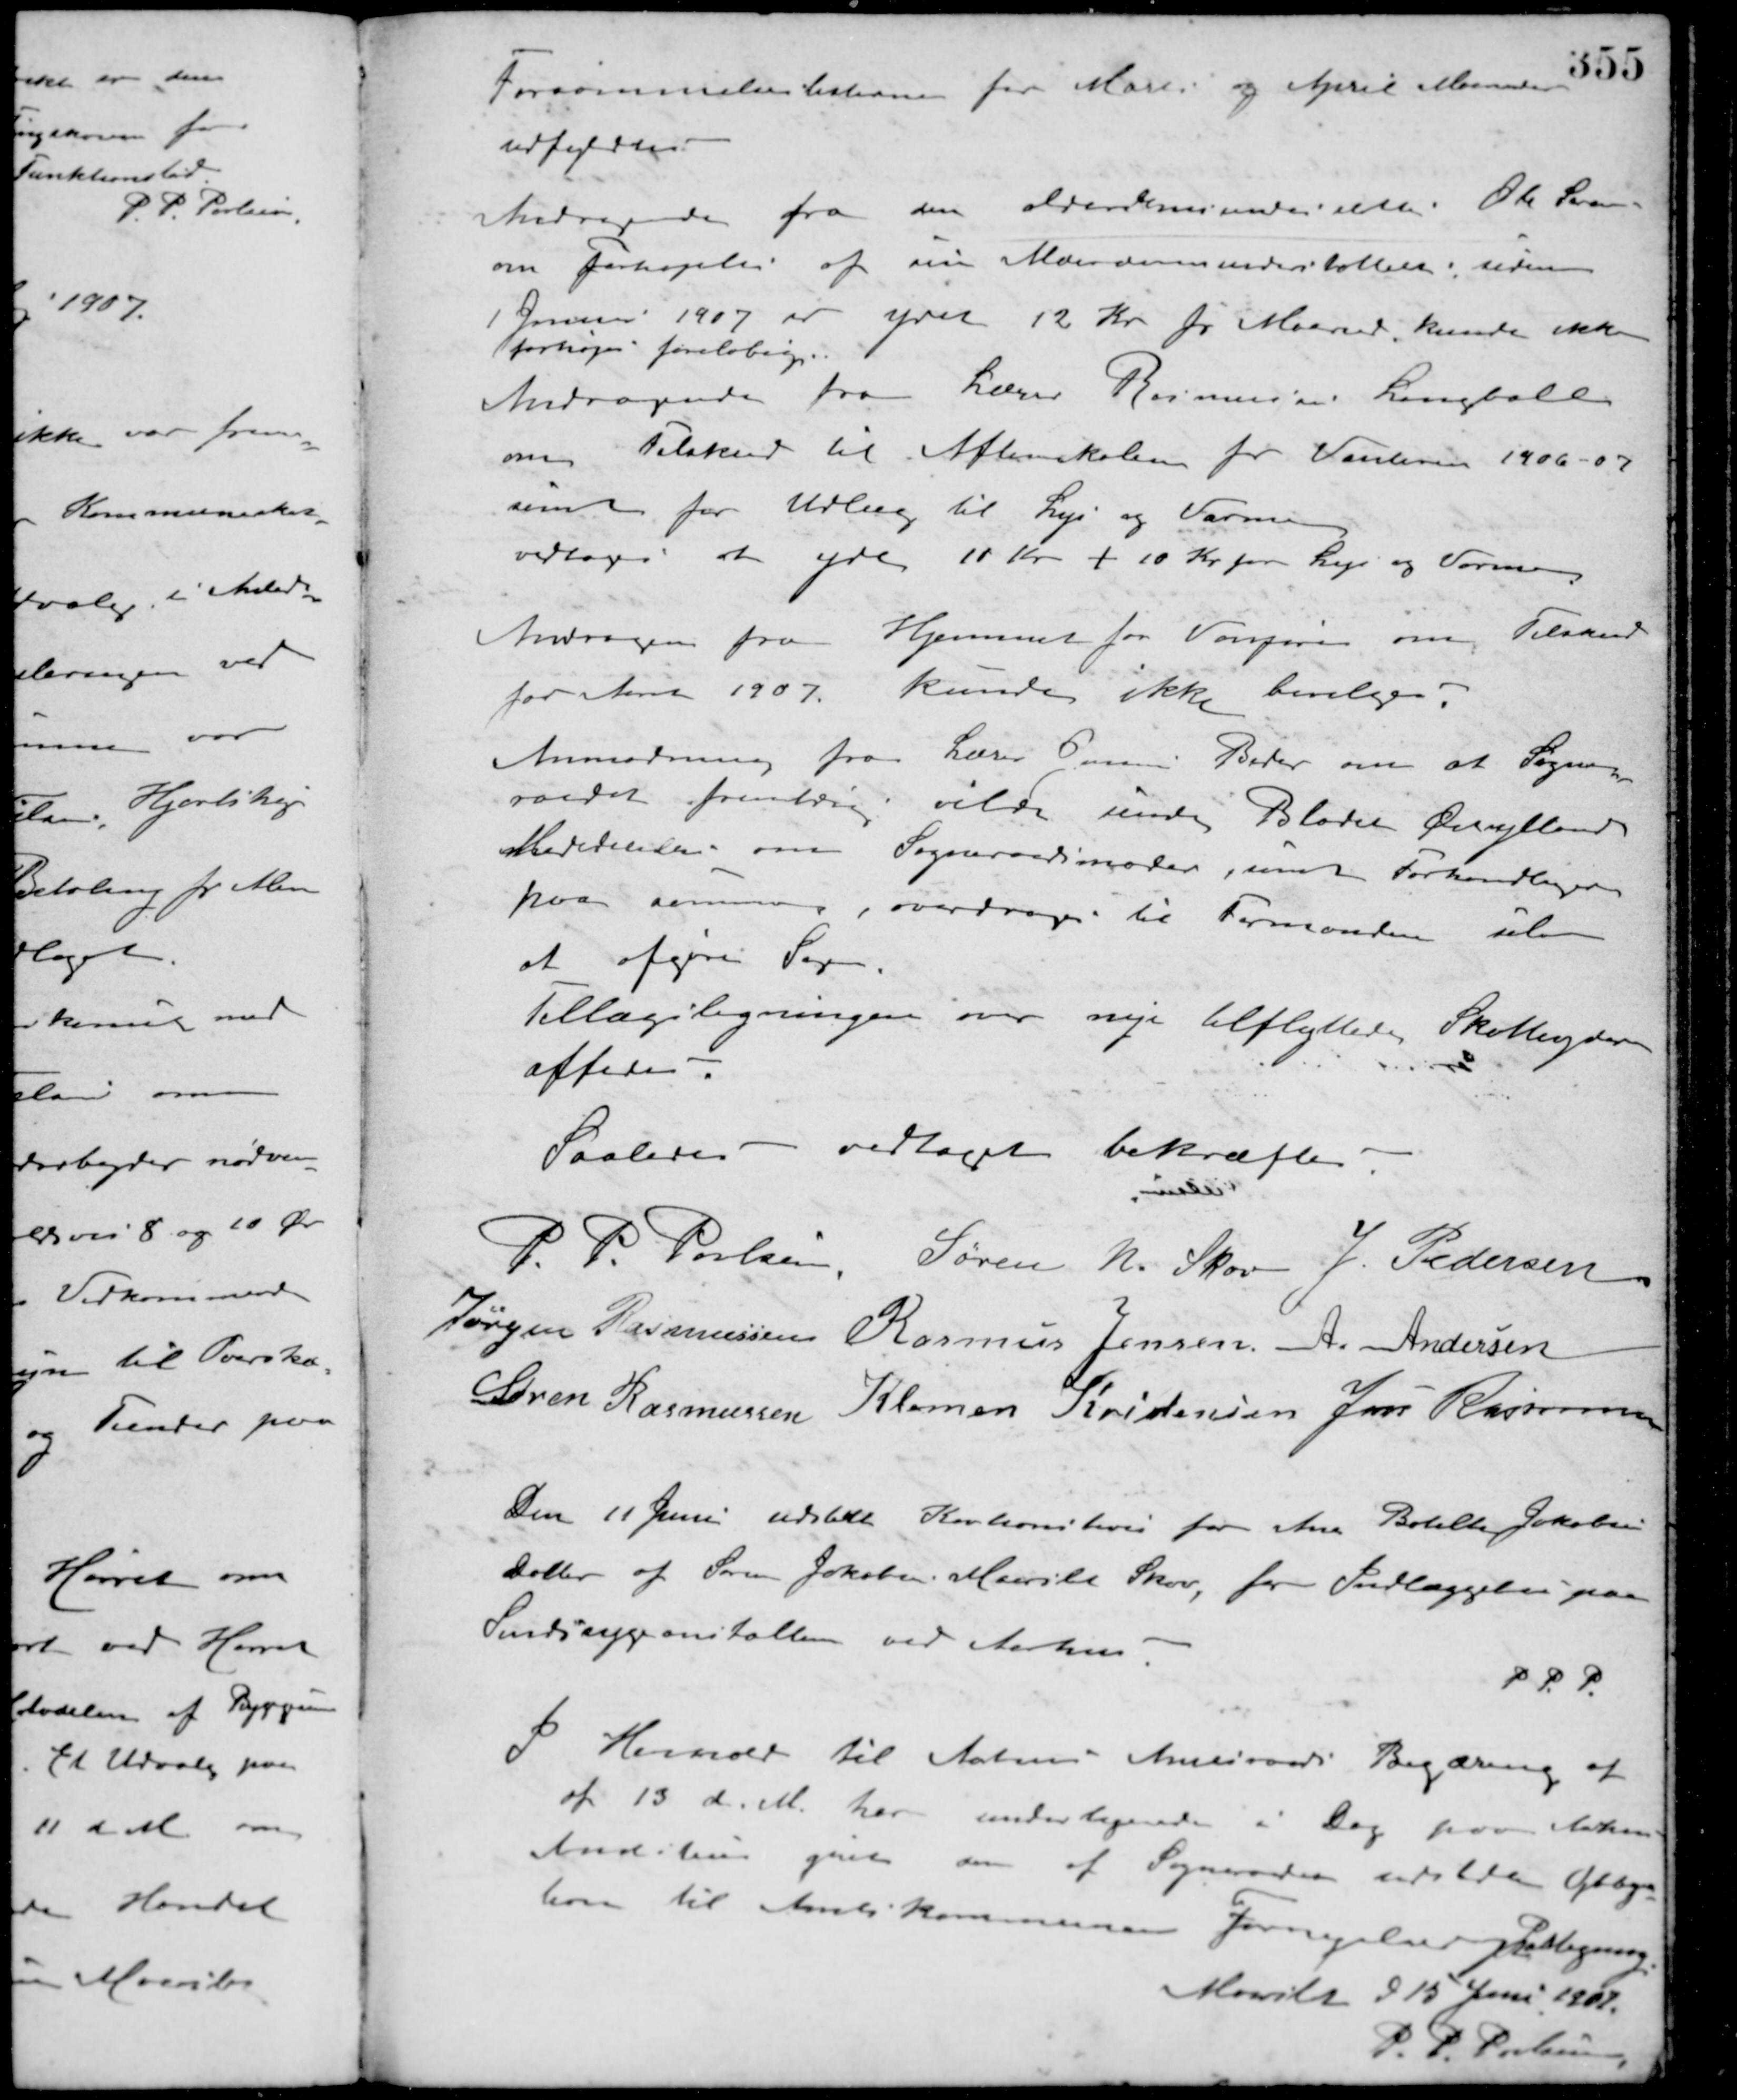
Transskription:
Forsømmelseslisterne for Marts og April Maaneder
udfyldtes.
Andragende fra den alderdomsunderstøttede Ole Sørensen
om forhøjelse af sin Alderdomsunderstøttelse : siden
1 Januar 1907 er ydet 12 Kr. pr. Maaned, kunde ikke
forhøjes foreløbig.
Andragende fra Lærer Rasmussen Langballe
om Tilskud til Aftenskolen for Vinteren 1906-07
samt for Udlæg til Lys og Varme.
vedtoges at yde 10 Kr. + 10 Kr. for Lys og Varme.
Andragende fra Hjemmet for Vanføre om Tilskud
for Aaret 1907, kunde ikke bevilges.
Anmodning fra Lærer Jensen Beder om at Sogne-
raadet fremtidig vilde unde Blader Øvylland
Medecilisen om Sogneraadsmøder, samt Forhandlinger
paa samme, overdroges til Formanden selv
at afgive Sagen.
Tillægsligningen over nye tilflyttede Skatteydere
affattedes.
Saaledes vedtaget bekræftes
P. P. Poulsen Søren N. Skov J. Pedersen
Jørgen Rasmussen Rasmus Jensen A. Andersen
Søren Rasmussen Klemen Kristensen Jens Rasmussen
Den 11 Juni udstedt Kortionsbevis for Ane Bolette Jakobsen
Datter af Søren Jakobsen Maarslet Skov, for Indlæggelse paa
Sindssygeanstallen ved Aarhus.
P. P. P.
I Henhold til Aarhus Amtsraads Begæring af
af 13 d. M. har undertegnede i Dag paa Aarhus
Amtsstue givet den af Sogneraadet udstedte Glbys
ham til Amts Kommunen fornyelse af xxxbygning.
Maarslet d 15 Juni 1907.
P. P. Poulsen